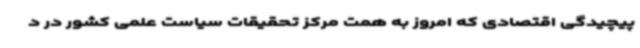
پیچیدگی اقتصادی که امروز به همت مرکز تحقیقات سیاست علمی کشور در د